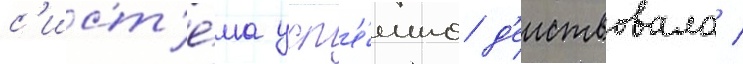
с'ист'е́ма усп'е́шно д'еиствовала /